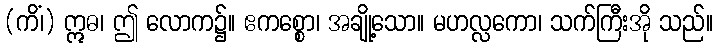
(ကိံ၊) ဣဓ၊ ဤ လောက၌။ ဧကစ္စော၊ အချို့သော။ မဟလ္လကော၊ သက်ကြီးအို သည်။